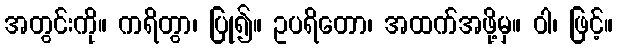
အတွင်းကို။ ကရိတွာ၊ ပြု၍။ ဥပရိတော၊ အထက်အဖို့မှ။ ဝါ၊ ဖြင့်။